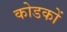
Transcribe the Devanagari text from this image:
कोडकों